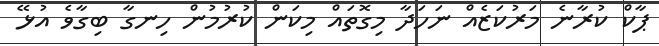
ޕާކް ކުރާނެ މަރުކަޒެއް ނަހަދާ މިގޮތައް މިކަން ކުރުމުން ހިނގާ ބިގާވެ އުޅޭ